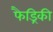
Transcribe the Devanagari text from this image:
फैड्रिकी